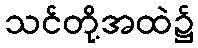
သင်တို့အထဲ၌